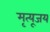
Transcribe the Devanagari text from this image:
मृत्यूजय